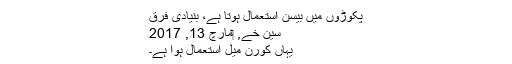
پکوڑوں میں بیسن استعمال ہوتا ہے، بنیادی فرق
سین خے, ‏مارچ 13, 2017
یہاں کورن میل استعمال ہوا ہے۔